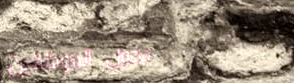
دخول الموظفين